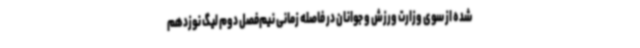
شده از سوی وزارت ورزش و جوانان در فاصله زمانی نیم‌فصل دوم لیگ نوزدهم